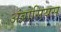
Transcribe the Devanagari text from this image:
अंब्रोसियस